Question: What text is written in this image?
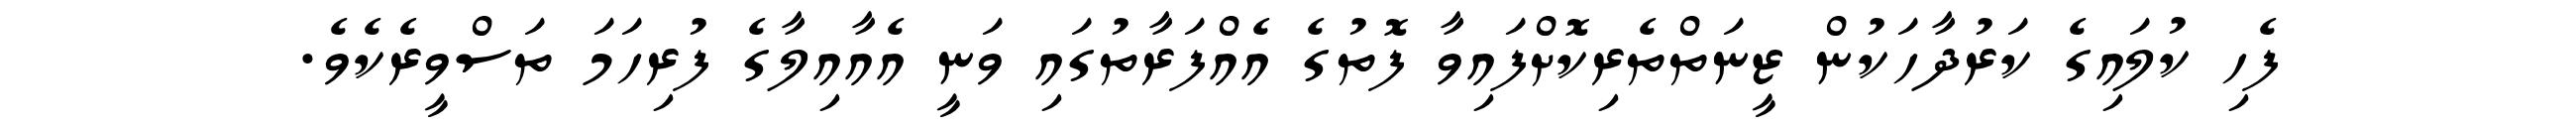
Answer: ފެހި ކުލައިގެ ކަރުދާހަކުން ޒީނަތްތެރިކޮށްފައިވާ ފޮތުގެ އެއްފަރާތުގައި ވަނީ އެއާއިލާގެ ފުރިހަމަ ތަސްވީރެކެވެ.